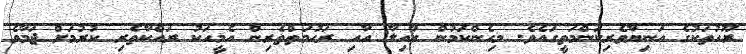
ރޫހުތަކުގެ އަނިޔާވެރިކަންމަތީގައެވެ. މިހެންކަމުން ޢާއިލާ އާއި ރަޙުމަތްތެރިން އެމީހަކު ރައްކާތެރި ކުރުމަށް ޖަމާވެ